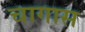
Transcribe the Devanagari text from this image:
चागास